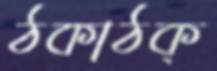
ঠকাঠক্